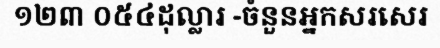
១២៣ ០៥៤ដុល្លារ -ចំនួនអ្នកសរសេរ